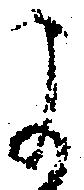
に